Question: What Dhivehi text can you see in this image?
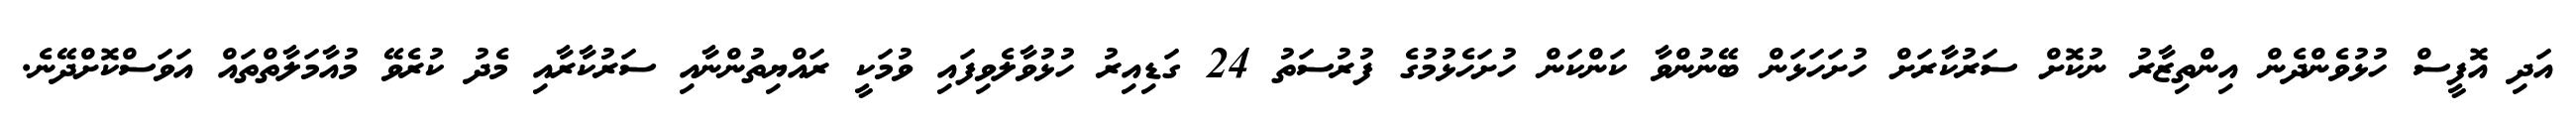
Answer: އަދި އޮފީސް ހުޅުވެންދެން އިންތިޒާރު ނުކޮށް ސަރުކާރަށް ހުށަހަޅަން ބޭނުންވާ ކަންކަން ހުށަހެޅުމުގެ ފުރުސަތު 24 ގަޑިއިރު ހުޅުވާލެވިފައި ވުމަކީ ރައްޔިތުންނާއި ސަރުކާރާއި މެދު ކުރެވޭ މުއާމަލާތްތައް އަވަސްކޮށްދޭނެ.